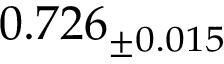
0 . 7 2 6 _ { \pm 0 . 0 1 5 }